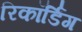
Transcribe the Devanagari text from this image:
रिकॉर्डिंग